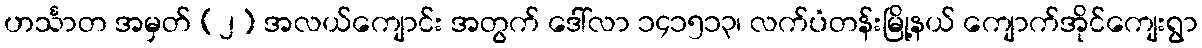
ဟင်္သာတ အမှတ် (၂) အလယ်ကျောင်း အတွက် ဒေါ်လာ ၁၄၁၅၁၃၊ လက်ပံတန်းမြို့နယ် ကျောက်အိုင်ကျေးရွာ